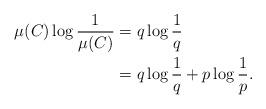
LaTeX: \begin{align*} \mu(C) \log \frac{1}{\mu(C)} &= q \log \frac{1}{q} \\ &= q \log \frac{1}{q} + p \log \frac{1}{p}. \end{align*}